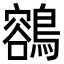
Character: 𪃾